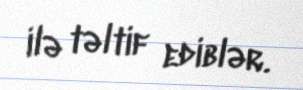
ilə təltif ediblər.